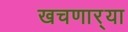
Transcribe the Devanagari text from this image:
खचणार्‍या